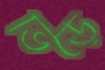
ভিড়ে